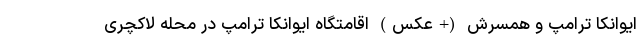
ایوانکا ترامپ و همسرش (+عکس) اقامتگاه ایوانکا ترامپ در محله لاکچری